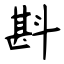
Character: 斟